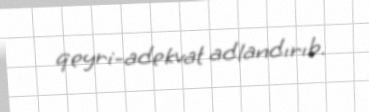
qeyri-adekvat adlandırıb.